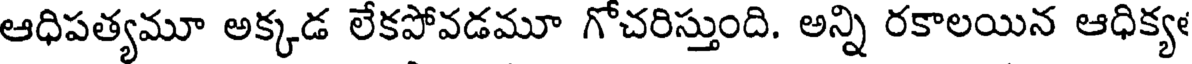
ఆధిపత్యమూ అక్కడ లేకపోవడమూ గోచరిస్తుంది. అన్ని రకాలయిన ఆధిక్య